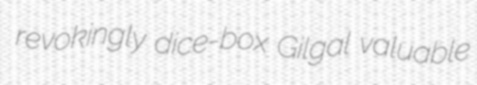
revokingly dice-box Gilgal valuable